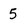
Character: 5